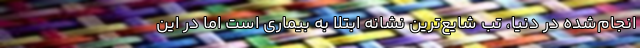
انجام‌شده در دنیا، تب شایع‌ترین نشانه ابتلا به بیماری است اما در این